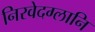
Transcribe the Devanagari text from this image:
निरवेदग्लानि